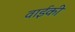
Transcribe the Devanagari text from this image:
वाईकी